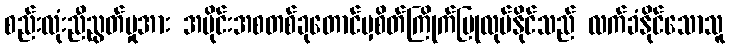
စည်းလုံးညီညွတ်မှုအား အပိုင်းအစတစ်ခုတောင်မှစိတ်ကြိုက်ပြုလုပ်နိုင်သည် လက်ခံနိုင်သောသူ